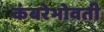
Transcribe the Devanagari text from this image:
कंबरेभोवती